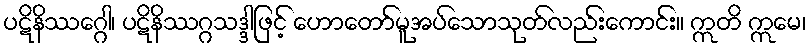
ပဋိနိဿဂ္ဂေါ၊ ပဋိနိဿဂ္ဂသဒ္ဒါဖြင့် ဟောတော်မူအပ်သောသုတ်လည်းကောင်း။ ဣတိ ဣမေ၊